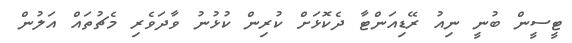
ޓީސީން ބުނީ ނިއު ރޭޑިއަންޓާ ދެކޮޅަށް ކުރިން ކުޅުނު ވާދަވެރި މެޗުތައް އަލުން